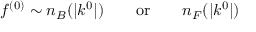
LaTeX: f ^ { ( 0 ) } \sim n _ { B } ( | k ^ { 0 } | ) \qquad \mathrm { o r } \qquad n _ { F } ( | k ^ { 0 } | )